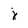
Character: j